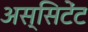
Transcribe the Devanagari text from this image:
अस्सिटेंट